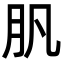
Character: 䏎